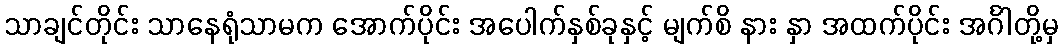
သာချင်တိုင်း သာနေရုံသာမက အောက်ပိုင်း အပေါက်နှစ်ခုနှင့် မျက်စိ နား နှာ အထက်ပိုင်း အင်္ဂါတို့မှ